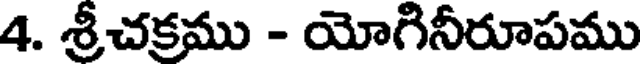
4. శ్రీచక్రము - యోగినీరూపము